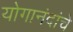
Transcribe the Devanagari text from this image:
योगानंदांचे